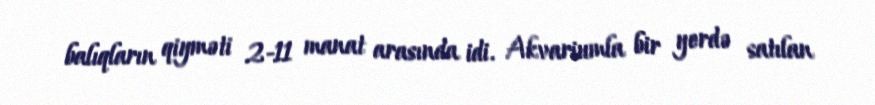
balıqların qiyməti 2-11 manat arasında idi. Akvariumla bir yerdə satılan